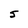
Character: 5